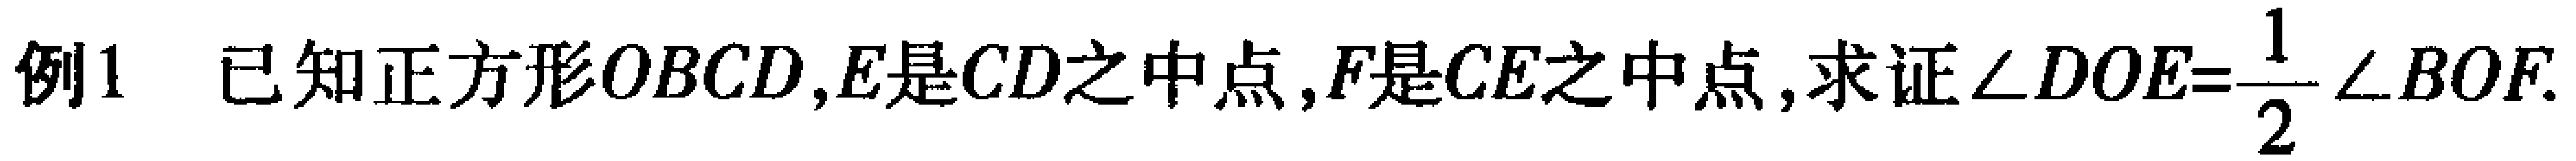
例1 已知正方形\(OBCD\)，\(E\)是\(CD\)之中点，\(F\)是\(CE\)之中点，求证\(\angle DOE = \dfrac{1}{2}\angle BOF\)。